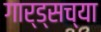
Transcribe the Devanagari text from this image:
गार्ड्‌सच्या